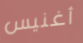
أغنيس